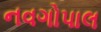
નવગોપાલ